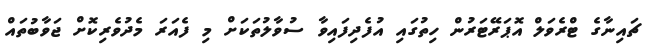
ޗައިނާގެ ޓްރެވަލް އޮޕަރޭޓަރުން ހިތުގައި އުފެދިފައިވާ ސުވާލުތަކަށް މި ފެއަރަ މެދުވެރިކޮށް ޖަވާބުތައް